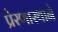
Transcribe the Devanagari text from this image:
प्रेरणास्थाने